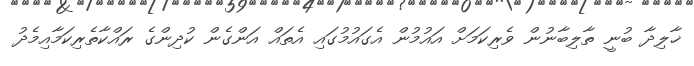
ޚާލިދާ ބުނީ ތާލިބާނުން ވެރިކަމަށް އައުމުން އެގައުމުގައި އެތައް އަންގެން ކުދިންގެ ރައްކާތެރިކަމާއިމެދު